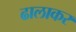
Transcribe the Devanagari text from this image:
ढालाकर